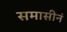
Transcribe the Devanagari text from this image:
समासीनं